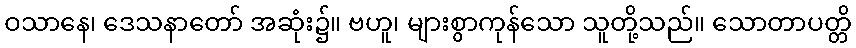
ဝသာနေ၊ ဒေသနာတော် အဆုံး၌။ ဗဟူ၊ များစွာကုန်သော သူတို့သည်။ သောတာပတ္တိ